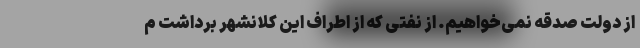
از دولت صدقه نمی‌خواهیم. از نفتی که از اطراف این کلانشهر برداشت م